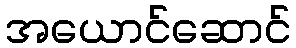
အယောင်ဆောင်